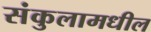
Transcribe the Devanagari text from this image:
संकुलामधील